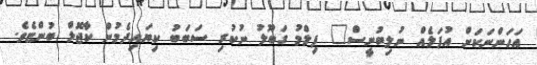
އަހަންނަކަށް އުފަލެއް ނުލިބުނީސް" ފިލްމު ގަބޫލު ނުކުރި ސަބަބު ކިޔައިދެމުން ކާޖޮލް ބުންޏެވެ.